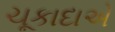
ચૂકાદાએ